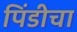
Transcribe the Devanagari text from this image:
पिंडीचा